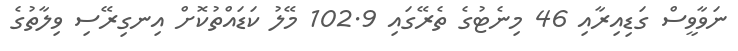
ނަވާވީސް ގަޑިއިރާއި 46 މިނެޓުގެ ތެރޭގައި 102.9 މޭލު ކަޑައްތުކޮށް އިނގިރޭސި ވިލާތުގެ